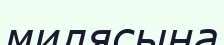
милясына